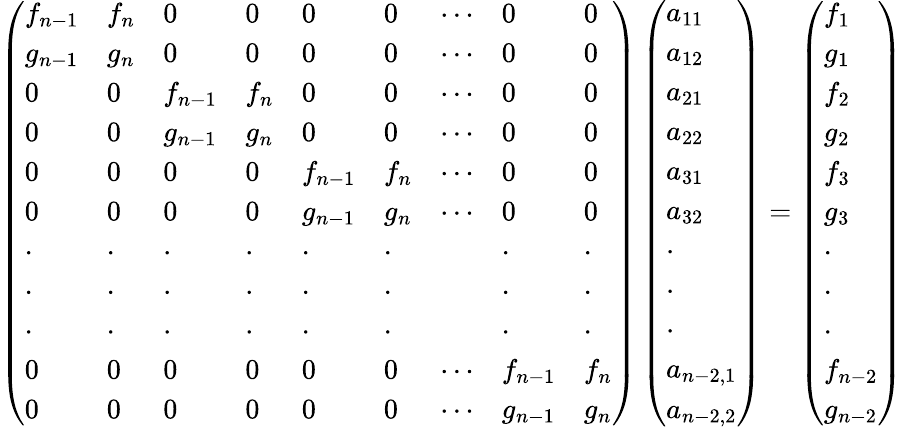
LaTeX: \left(\begin{array}{lllllllll}{f_{n-1}}&{f_{n}}&{0}&{0}&{0}&{0}&{\cdots}&{0}&{0}\\ {g_{n-1}}&{g_{n}}&{0}&{0}&{0}&{0}&{\cdots}&{0}&{0}\\ {0}&{0}&{f_{n-1}}&{f_{n}}&{0}&{0}&{\cdots}&{0}&{0}\\ {0}&{0}&{g_{n-1}}&{g_{n}}&{0}&{0}&{\cdots}&{0}&{0}\\ {0}&{0}&{0}&{0}&{f_{n-1}}&{f_{n}}&{\cdots}&{0}&{0}\\ {0}&{0}&{0}&{0}&{g_{n-1}}&{g_{n}}&{\cdots}&{0}&{0}\\ {\cdot}&{\cdot}&{\cdot}&{\cdot}&{\cdot}&{\cdot}&&{\cdot}&{\cdot}\\ {\cdot}&{\cdot}&{\cdot}&{\cdot}&{\cdot}&{\cdot}&&{\cdot}&{\cdot}\\ {\cdot}&{\cdot}&{\cdot}&{\cdot}&{\cdot}&{\cdot}&&{\cdot}&{\cdot}\\ {0}&{0}&{0}&{0}&{0}&{0}&{\cdots}&{f_{n-1}}&{f_{n}}\\ {0}&{0}&{0}&{0}&{0}&{0}&{\cdots}&{g_{n-1}}&{g_{n}}\end{array}\right)\left(\begin{array}{l}{a_{11}}\\ {a_{12}}\\ {a_{21}}\\ {a_{22}}\\ {a_{31}}\\ {a_{32}}\\ {\cdot}\\ {\cdot}\\ {\cdot}\\ {a_{n-2,1}}\\ {a_{n-2,2}}\end{array}\right)=\left(\begin{array}{l}{f_{1}}\\ {g_{1}}\\ {f_{2}}\\ {g_{2}}\\ {f_{3}}\\ {g_{3}}\\ {\cdot}\\ {\cdot}\\ {\cdot}\\ {f_{n-2}}\\ {g_{n-2}}\end{array}\right)